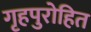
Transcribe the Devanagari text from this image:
गृहपुरोहित